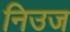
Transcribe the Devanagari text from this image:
निउज